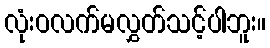
လုံးဝလက်မလွှတ်သင့်ပါဘူး။